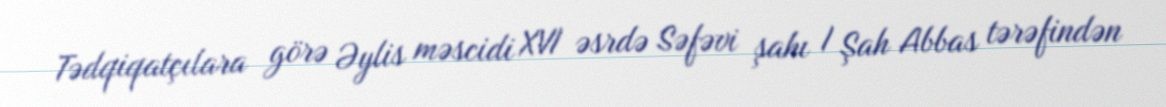
Tədqiqatçılara görə Əylis məscidi XVI əsrdə Səfəvi şahı I Şah Abbas tərəfindən